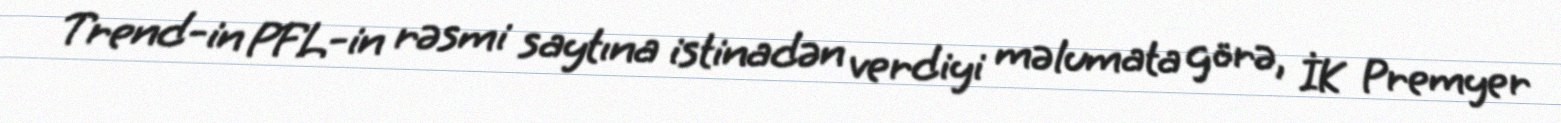
Trend-in PFL-in rəsmi saytına istinadən verdiyi məlumata görə, İK Premyer